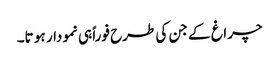
چراغ کے جن کی طرح فوراً ہی نمودار ہو تا۔